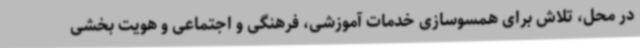
در محل، تلاش برای همسوسازی خدمات آموزشی، فرهنگی و اجتماعی و هویت بخشی